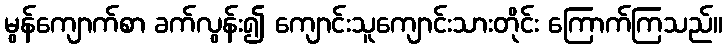
မွန်ကျောက်စာ ခက်လွန်း၍ ကျောင်းသူကျောင်းသားတိုင်း ကြောက်ကြသည်။